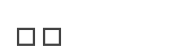
١٧